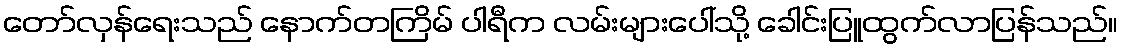
တော်လှန်ရေးသည် နောက်တကြိမ် ပါရီက လမ်းများပေါ်သို့ ခေါင်းပြူထွက်လာပြန်သည်။